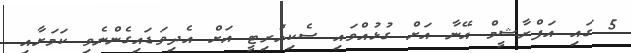
5 ގައި އަފްރާޝީމް އޭނާ އަށް ގުޅުއްވައި ސެކިއުރިޓީ އަށް އެދިވަޑައިގެންނެވި ކަމަށާއި